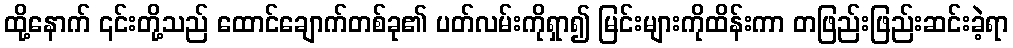
ထို့နောက် ၎င်းတို့သည် ထောင်ချောက်တစ်ခု၏ ပတ်လမ်းကိုရှာ၍ မြင်းများကိုထိန်းကာ တဖြည်းဖြည်းဆင်းခဲ့ရာ